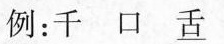
例：千口 \underline{舌}